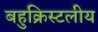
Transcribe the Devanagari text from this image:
बहुक्रिस्टलीय